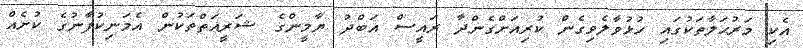
އެކި މަރުޙަލާތަކުގައި ހުޅުވާލެވިގެން ކުރިއަށްގެންދާ ރައީސް އަބްދު ޔާމީންގެ ޝަރީއަތްތަކުން އެމަނިކުފާނުގެ ކުށެއް